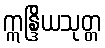
ဣန္ဒြိယသုတ္တ